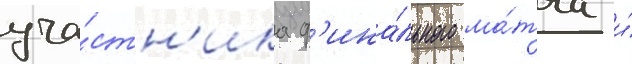
уча́стн'ика ф'ина́льного ма́тча и́